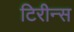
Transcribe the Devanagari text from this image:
टिरीन्स